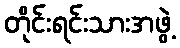
တိုင်းရင်းသားအဖွဲ့